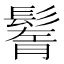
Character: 鬌